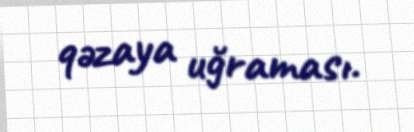
qəzaya uğraması.